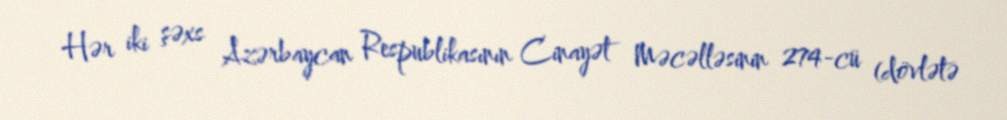
Hər iki şəxs Azərbaycan Respublikasının Cinayət Məcəlləsinin 274-cü (dövlətə